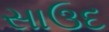
સાઉદ